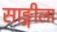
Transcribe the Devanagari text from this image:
साङ्गीला